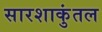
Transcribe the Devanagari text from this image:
सारशाकुंतल